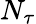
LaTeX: N_{\tau}